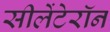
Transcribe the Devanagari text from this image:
सीलेंटेरॉन